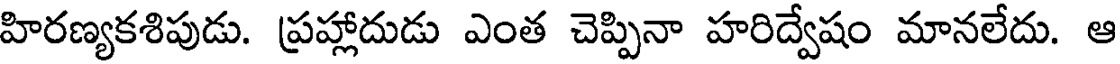
హిరణ్యకశిపుడు. ప్రహ్లాదుడు ఎంత చెప్పినా హరిద్వేషం మానలేదు. ఆ